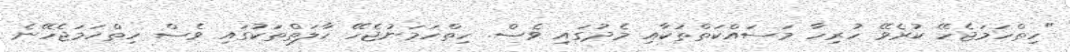
"ހިތްހަމަޖެހޭ ކުރެވޭ ހުރިހާ މަސައްކަތްތަކާއި މެދުގައި ވެސް. ހިތްހަމަނުޖެހޭ ހާލަތްތަކުގައި ވެސް ހިތްހަމަޖެހޭނެ